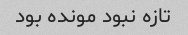
تازه نبود مونده بود